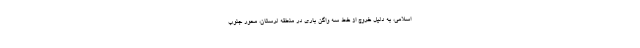
اسلامی، به دلیل خروج از خط سه واگن باری در منطقه لرستان، محور جنوب